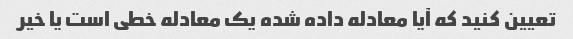
تعیین کنید که آیا معادله داده شده یک معادله خطی است یا خیر